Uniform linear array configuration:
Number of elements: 16
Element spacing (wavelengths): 0.5
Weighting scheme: uniform
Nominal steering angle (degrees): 60
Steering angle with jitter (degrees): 60.426
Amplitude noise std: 0.05
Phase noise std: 0.05

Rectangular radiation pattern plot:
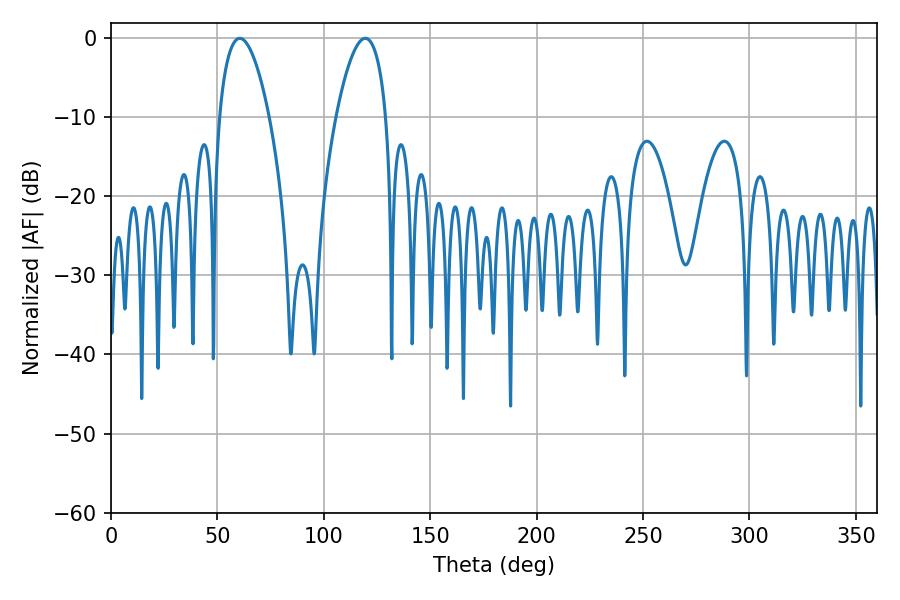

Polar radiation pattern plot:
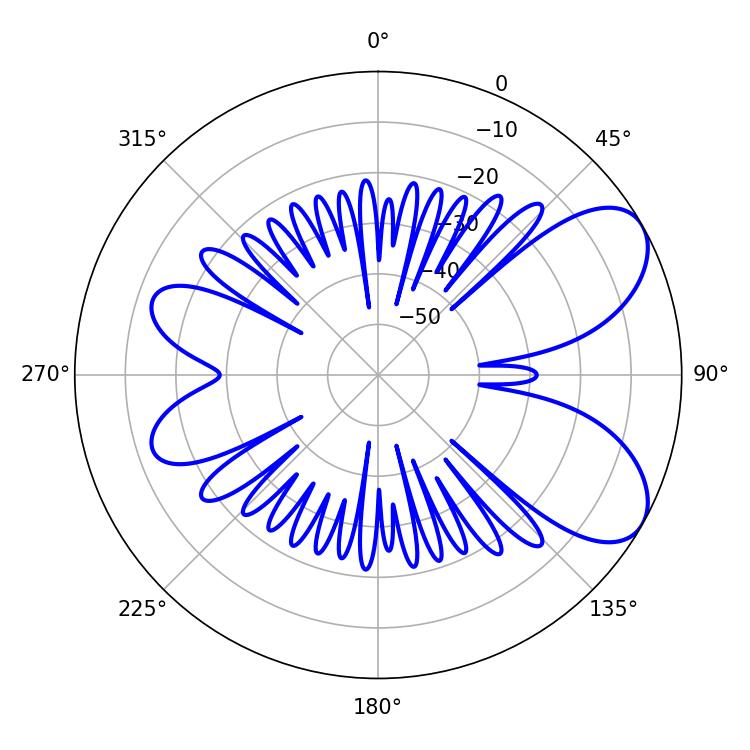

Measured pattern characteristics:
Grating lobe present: FALSE
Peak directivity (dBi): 6.929
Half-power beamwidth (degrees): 12.96
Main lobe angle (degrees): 60.48